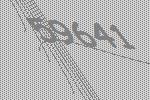
59641